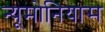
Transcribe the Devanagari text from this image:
न्यूमोनियास